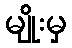
မျိုးမှ